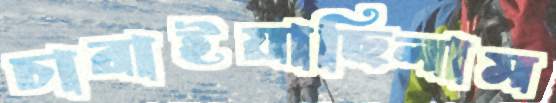
চারাইয়াছিলাম